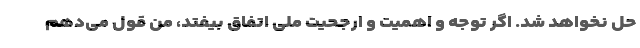
حل نخواهد شد. اگر توجه و اهمیت و ارجحیت ملی اتفاق بیفتد، من قول می‌دهم